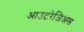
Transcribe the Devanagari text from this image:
आउटरेजिअस